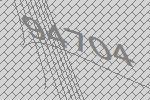
94704